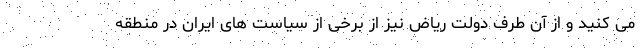
می کنید و از آن طرف دولت ریاض نیز از برخی از سیاست های ایران در منطقه